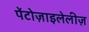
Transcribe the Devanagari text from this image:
पेंटोज़ाइलेलीज़